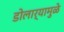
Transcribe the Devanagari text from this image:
डोलार्यामुळे